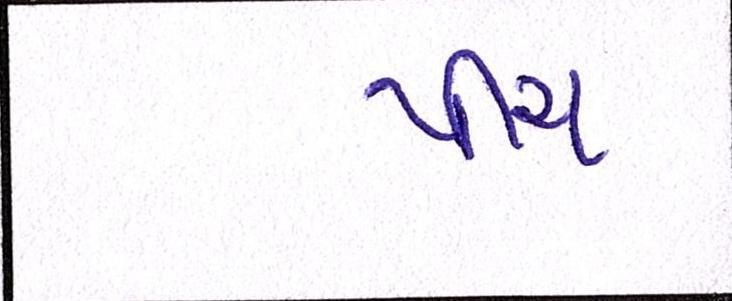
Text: પીચ